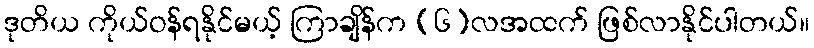
ဒုတိယ ကိုယ်ဝန်ရနိုင်မယ့် ကြာချိန်က (၆)လအထက် ဖြစ်လာနိုင်ပါတယ်။